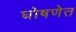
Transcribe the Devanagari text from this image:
घोषणेत